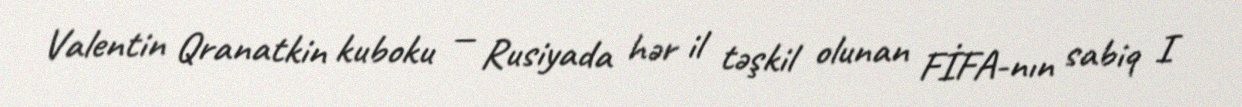
Valentin Qranatkin kuboku — Rusiyada hər il təşkil olunan FİFA-nın sabiq I